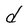
Character: d